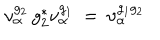
\nu _ { \alpha } ^ { g _ { 2 } } \, g _ { 2 } ^ { * } \nu _ { \alpha } ^ { g _ { 1 } } \: = \: \nu _ { \alpha } ^ { g _ { 1 } g _ { 2 } }